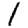
Digit: 1